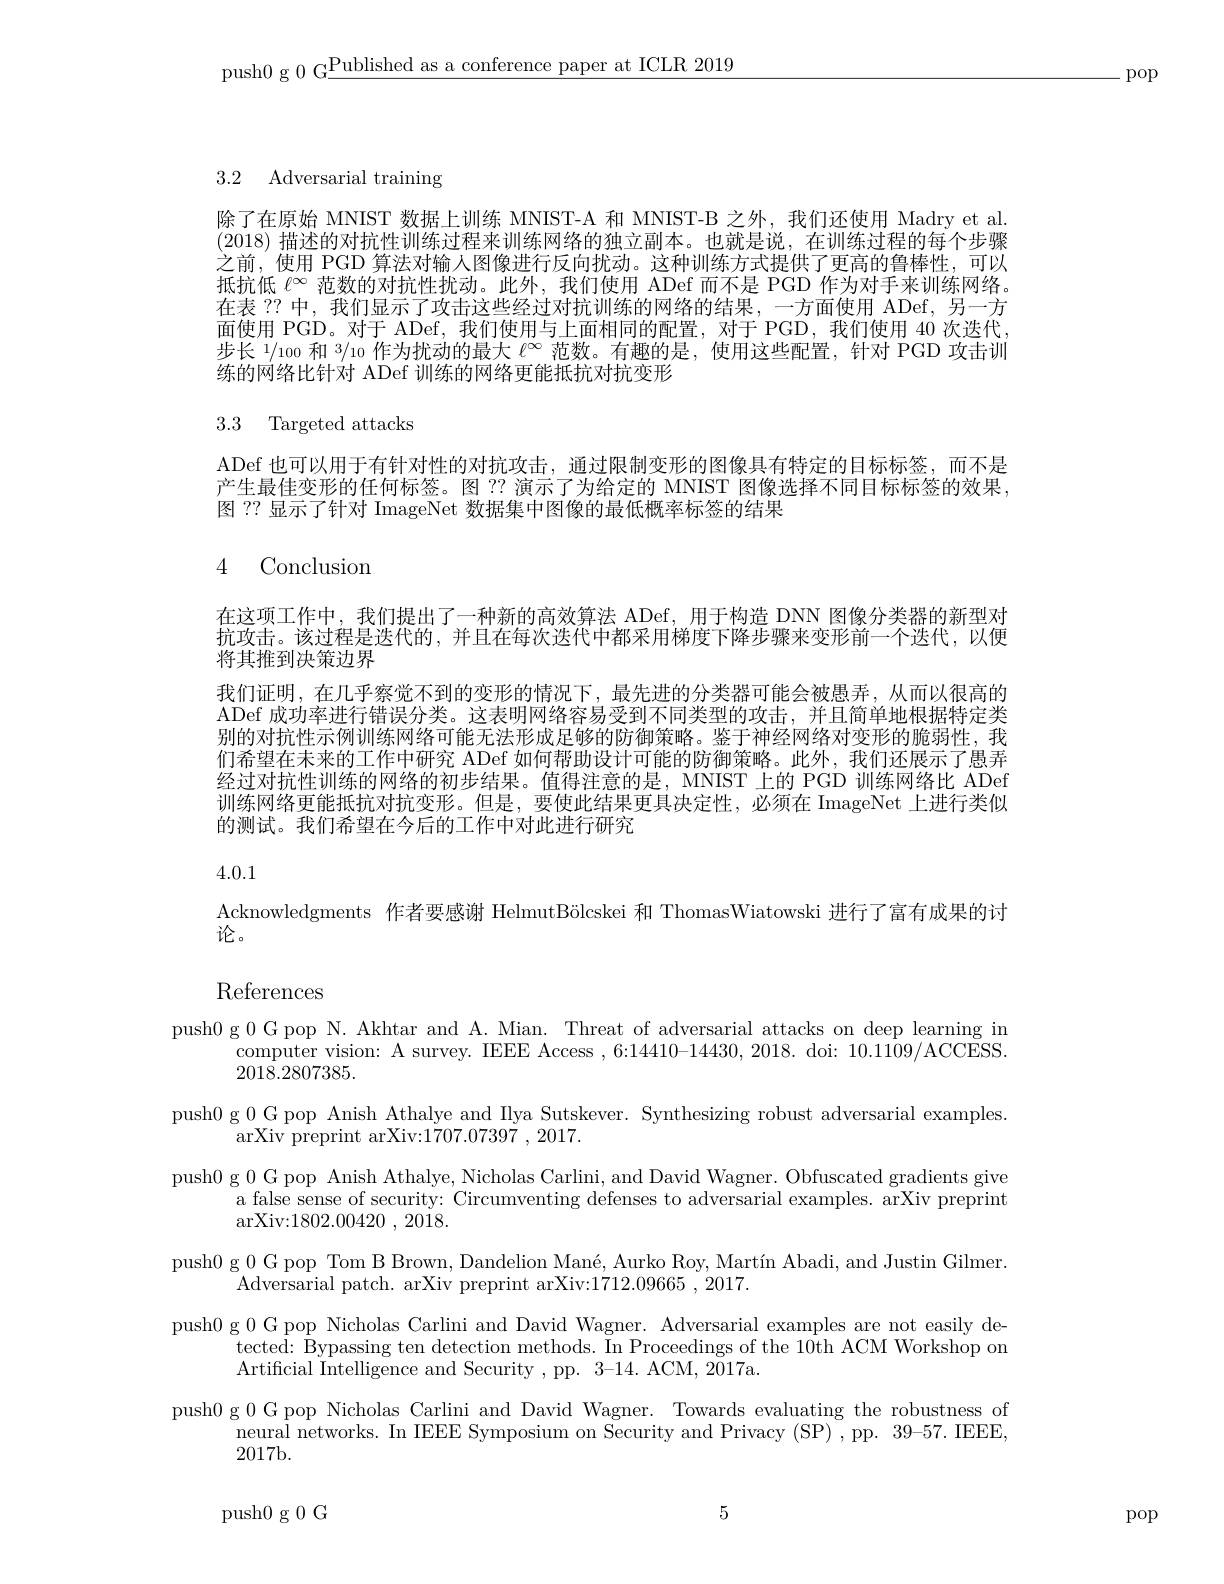
push0 g 0 G$\underline\text{Published as a conference paper at ICLR 2019}$

pop

3.2 Adversarial training

除了在原始 MNIST 数据上训练 MNIST-A 和 MNIST-B 之外，我们还使用 Madry et al. (2018)描述的对抗性训练过程来训练网络的独立副本。也就是说，在训练过程的每个步骤之前，使用 PGD 算法对输人图像进行反向扰动。这种训练方式提供了更高的鲁棒性，可以抵抗低$\ell^{\infty}$范数的对抗性扰动。此外，我们使用 ADef 而不是 PGD 作为对手来训练网络。在表 ?? 中，我们显示了攻击这些经过对抗训练的网络的结果，一方面使用 ADef, 另一方面使用 PGD。对于 ADef, 我们使用与上面相同的配置，对于 PGD, 我们使用 40 次迭代， 步长 1/100 和 3/10 作为扰动的最大$\ell^\infty$范数。有趣的是，使用这些配置，针对 PGD 攻击训练的网络比针对 ADef 训练的网络更能抵抗对抗变形

## 3.3 Targeted attacks

ADef 也可以用于有针对性的对抗攻击，通过限制变形的图像具有特定的目标标签，而不是产生最佳变形的任何标签。图 ?? 演示了为给定的 MNIST 图像选择不同目标标签的效果， 图 ?? 显示了针对 ImageNet 数据集中图像的最低概率标签的结果

## 4 Conclusion

在这项工作中，我们提出了一种新的高效算法 ADef, 用于构造 DNN 图像分类器的新型对抗攻击。该过程是迭代的，并且在每次迭代中都采用梯度下降步骤来变形前一个迭代，以便将其推到决策边界
我们证明，在几乎察觉不到的变形的情况下，最先进的分类器可能会被愚弄，从而以很高的ADef 成功率进行错误分类。这表明网络容易受到不同类型的攻击，并且简单地根据特定类别的对抗性示例训练网络可能无法形成足够的防御策略。鉴于神经网络对变形的脆弱性，我们希望在未来的工作中研究 ADef 如何帮助设计可能的防御策略。此外，我们还展示了愚弄经过对抗性训练的网络的初步结果。值得注意的是，MNIST 上的 PGD 训练网络比 ADef 训练网络更能抵抗对抗变形。但是，要使此结果更具决定性，必须在 ImageNet 上进行类似的测试。我们希望在今后的工作中对此进行研究

4.0.1

Acknowledgments 作者要感谢 HelmutBölcskei 和 ThomasWiatowski 进行了富有成果的讨
论。

$\operatorname{References}$

push0 g 0 G pop N. Akhtar and A. Mian. Threat of adversarial attacks on deep learning in
computer vision: A survey. IEEE Access , 6:14410-14430, 2018. doi: 10.1109/ACCESS.
2018.2807385.
push0 g 0 G pop Anish Athalye and Ilya Sutskever. Synthesizing robust adversarial examples.
arXiv preprint arXiv:1707.07397 , 2017.
push0 g 0 G pop Anish Athalye, Nicholas Carlini, and David Wagner. Obfuscated gradients give
a false sense of security: Circumventing defenses to adversarial examples. arXiv preprint
arXiv:1802.00420~,~2018.
push0 g 0 G pop Tom B Brown, Dandelion Mané, Aurko Roy, Martín Abadi, and Justin Gilmer.
Adversarial patch. arXiv preprint arXiv:1712.09665 , 2017.
push0 g 0 G pop Nicholas Carlini and David Wagner. Adversarial examples are not easily de-
tected: Bypassing ten detection methods. In Proceedings of the 10th ACM Workshop on
Artificial Intelligence and Security , pp. 3-14. ACM, 2017a.
push0 g 0 G pop Nicholas Carlini and David Wagner. Towards evaluating the robustness of
neural networks. In IEEE Symposium on Security and Privacy (SP) , pp. 39-57. IEEE,
2017b.

5

push0g0G

pop